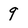
Character: 9